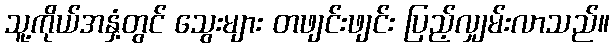
သူ့ကိုယ်အနှံ့တွင် သွေးများ တဖျင်းဖျင်း ပြည့်လျှမ်းလာသည်။